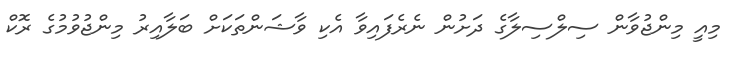
މިއީ މިންޖުވާން ސިލްސިލާގެ ދަށުން ނެރެފައިވާ އެކި ވާޝަންތަކަށް ބަލާއިރު މިންޖުވުމުގެ ރޮކް